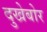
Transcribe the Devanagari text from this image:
दुखेबोर